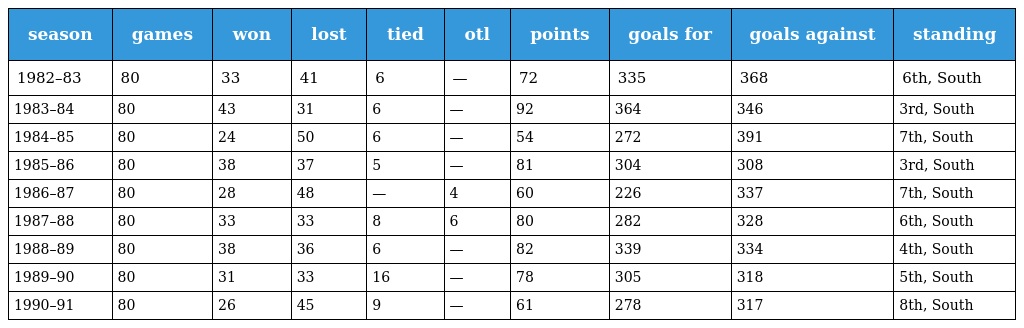
| season | games | won | lost | tied | otl | points | goals for | goals against | standing |
 | --- | --- | --- | --- | --- | --- | --- | --- | --- | --- |
 | 1982–83 | 80 | 33 | 41 | 6 | — | 72 | 335 | 368 | 6th, South |
 | 1983–84 | 80 | 43 | 31 | 6 | — | 92 | 364 | 346 | 3rd, South |
 | 1984–85 | 80 | 24 | 50 | 6 | — | 54 | 272 | 391 | 7th, South |
 | 1985–86 | 80 | 38 | 37 | 5 | — | 81 | 304 | 308 | 3rd, South |
 | 1986–87 | 80 | 28 | 48 | — | 4 | 60 | 226 | 337 | 7th, South |
 | 1987–88 | 80 | 33 | 33 | 8 | 6 | 80 | 282 | 328 | 6th, South |
 | 1988–89 | 80 | 38 | 36 | 6 | — | 82 | 339 | 334 | 4th, South |
 | 1989–90 | 80 | 31 | 33 | 16 | — | 78 | 305 | 318 | 5th, South |
 | 1990–91 | 80 | 26 | 45 | 9 | — | 61 | 278 | 317 | 8th, South |